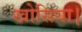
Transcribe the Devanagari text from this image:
खोसिया।